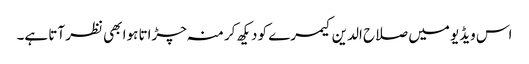
اس ویڈیو میں صلاح الدین کیمرے کو دیکھ کر منہ چڑاتا ہوا بھی نظر آتا ہے۔